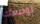
لوضعك